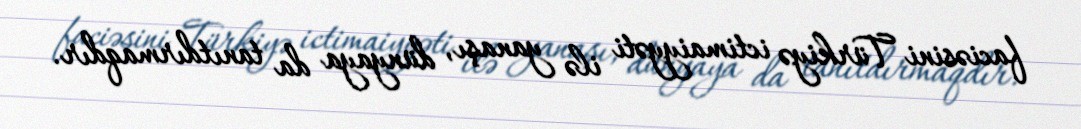
faciəsini Türkiyə ictimaiyyəti ilə yanaşı, dünyaya da tanıtdırmaqdır.